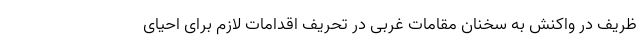
ظریف در واکنش به سخنان مقامات غربی در تحریف اقدامات لازم برای احیای